Mental hospitals Bombay report 1929-33 - 1929-1933
Year: 1929
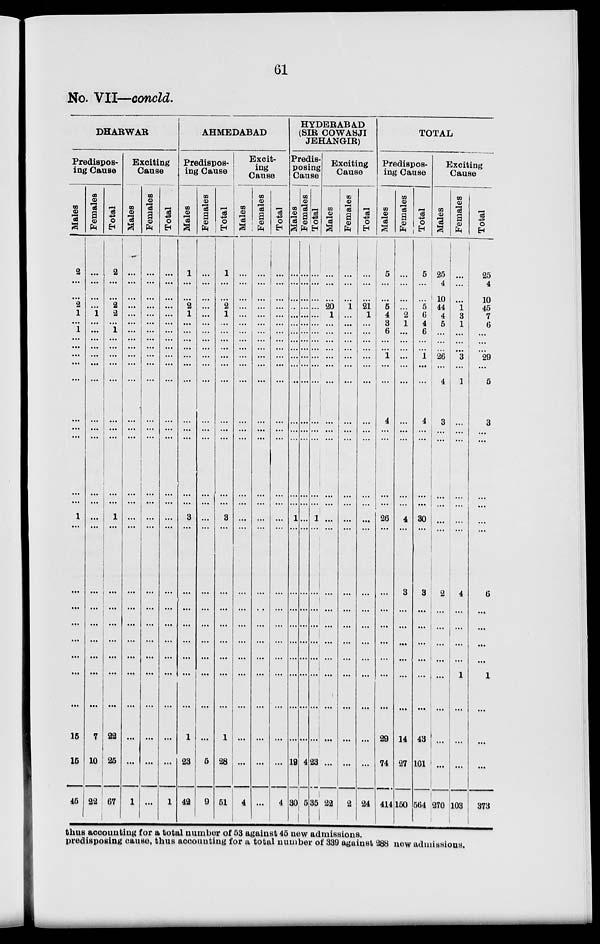
61
No. VII—concld.
DHARWAR
Predispos-
ing Cause
Males
2
...
...
2
1
...
1
...
...
...
...
...
...
...
...
...
...
1
...
...
...
...
...
...
...
...
15
15
45
Females
...
...
...
...
1
...
...
...
...
...
...
...
...
...
...
...
...
...
...
...
...
...
...
...
...
...
7
10
22
Total
2
...
...
2
2
...
1
...
...
...
...
...
...
...
...
...
...
1
...
...
...
...
...
...
...
...
22
25
67
Exciting
Cause
Males
...
...
...
...
...
...
...
...
...
...
...
...
...
...
...
...
...
...
...
...
...
...
...
...
...
...
...
...
1
Females
...
...
...
...
...
...
...
...
...
...
...
...
...
...
...
...
...
...
...
...
...
...
...
...
...
...
...
...
...
Total
...
...
...
...
...
...
...
...
...
...
...
...
...
...
...
...
...
...
...
...
...
...
...
...
...
...
...
...
1
AHMEDABAD
Predispos-
ing Cause
Males
1
...
...
2
1
...
...
...
...
...
...
...
...
...
...
...
...
3
...
...
...
...
...
...
...
...
1
23
42
Females
...
...
...
...
...
...
...
...
...
...
...
...
...
...
...
...
...
...
...
...
...
...
...
...
...
...
...
5
9
Total
1
...
...
2 1
...
...
...
...
...
...
...
...
...
...
...
...
3
...
...
...
...
...
...
...
...
1
28
51
Excit-
ing
Cause
Males
...
...
...
...
...
...
...
...
...
...
...
...
...
...
...
...
...
...
...
...
...
...
...
...
...
...
...
...
4
Females
...
...
...
...
...
...
...
...
...
...
...
...
...
...
...
...
...
...
...
...
...
...
...
...
...
...
...
...
...
Total
...
...
...
...
...
...
...
...
...
...
...
...
...
...
...
...
...
...
...
...
...
...
...
...
...
...
...
...
4
HYDERABAD
(SIR COWASJI
JEHANGIR)
Predis-
posing
Cause
Males
...
...
...
...
...
...
...
...
...
...
...
...
...
...
...
...
...
1
...
...
...
...
...
...
...
...
...
19
30
Females
...
...
...
...
...
...
...
...
...
...
...
...
...
...
...
...
...
...
...
...
...
...
...
...
...
...
...
4
5
Total
...
...
...
...
...
...
...
...
...
...
...
...
...
...
...
...
...
1
...
...
...
...
...
...
...
...
...
23
35
Exciting
Cause
Males
...
...
...
20
1
...
...
...
...
...
...
...
...
...
...
...
...
...
...
...
...
...
...
...
...
...
...
...
22
Females
...
...
...
1
...
...
...
...
...
...
...
...
...
...
...
...
...
...
...
...
...
...
...
...
...
...
...
...
2
Total
...
...
...
21
1
...
...
...
...
...
...
...
...
...
...
...
...
...
...
...
...
...
...
...
...
...
...
...
24
TOTAL
Predispos-
ing Cause
Males
5
...
...
5
4
3
6
...
...
1
...
...
4
...
...
...
...
26
...
...
...
...
...
...
...
...
29
74
414
Females
...
...
...
...
2
1
...
...
...
...
...
...
...
...
...
...
...
4
...
3
...
...
...
...
...
...
14
27
150
Total
5
...
...
5
6
4
6
...
...
1
...
...
4
...
...
...
...
30
...
3
...
...
...
...
...
...
43
101
564
Exciting
Cause
Males
25
4
10
44
4
5
...
...
...
26
...
4
3
...
...
...
...
...
...
2
...
...
...
...
...
...
...
...
270
Females
...
...
...
1 3
1
...
...
...
3
...
1
...
...
...
...
...
...
...
4
...
...
...
...
1
...
...
...
103
Total
25
4
10
45
7
6
...
...
...
29
...
5
3
...
...
...
...
...
...
6
...
...
...
...
1
...
...
...
373
thus accounting for a total number of 53 against 45 new admissions.
predisposing cause, thus accounting for a total number of 339 against 288 new admissions.